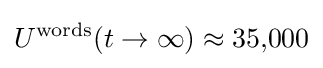
U^{\text{words}}(t\to \infty )\approx 35{,}000